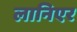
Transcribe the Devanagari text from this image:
लानिएर